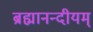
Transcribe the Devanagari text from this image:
ब्रह्मानन्दीयम्